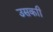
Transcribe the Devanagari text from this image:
उसकाी